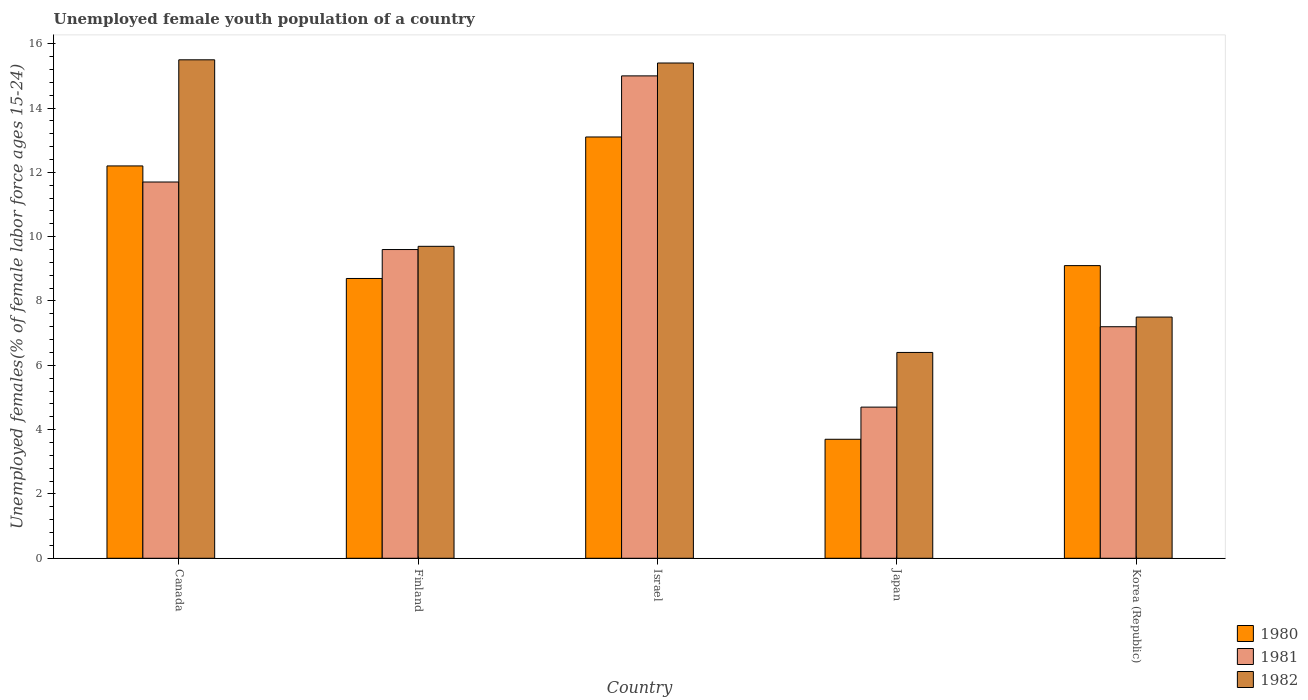
| Country | 1980 | 1981 | 1982 |
 | --- | --- | --- | --- |
 | Canada | 12.2 | 11.7 | 15.5 |
 | Finland | 8.7 | 9.6 | 9.7 |
 | Israel | 13.1 | 15 | 15.4 |
 | Japan | 3.7 | 4.7 | 6.4 |
 | Korea (Republic) | 9.1 | 7.2 | 7.5 |